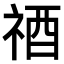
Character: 𥙫